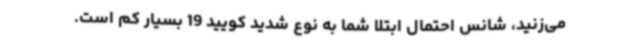
می‌زنید، شانس احتمال ابتلا شما به نوع شدید کویید 19 بسیار کم است.